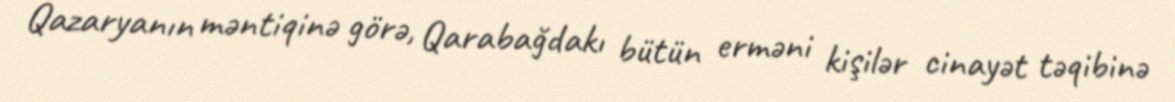
Qazaryanın məntiqinə görə, Qarabağdakı bütün erməni kişilər cinayət təqibinə